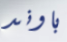
باوند